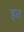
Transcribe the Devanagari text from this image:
ड़त